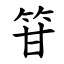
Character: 䇞